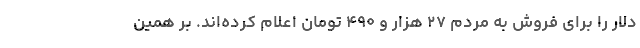
دلار را برای فروش به مردم ۲۷ هزار و ۴۹۰ تومان اعلام کرده‌اند. بر همین‌